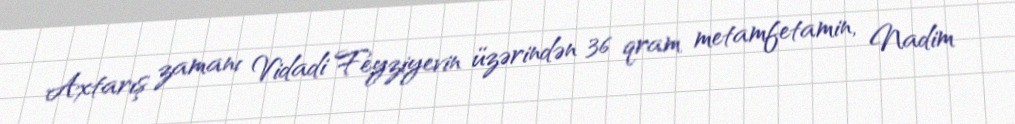
Axtarış zamanı Vidadi Feyziyevin üzərindən 36 qram metamfetamin, Nadim